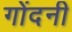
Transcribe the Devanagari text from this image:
गोंदनी